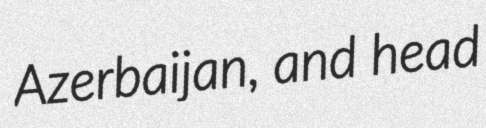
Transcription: Azerbaijan, and head